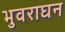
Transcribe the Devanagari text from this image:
भुवराघन